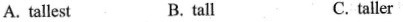
A. tallest B. tall C. taller